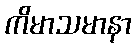
ကိမာသမာနာ